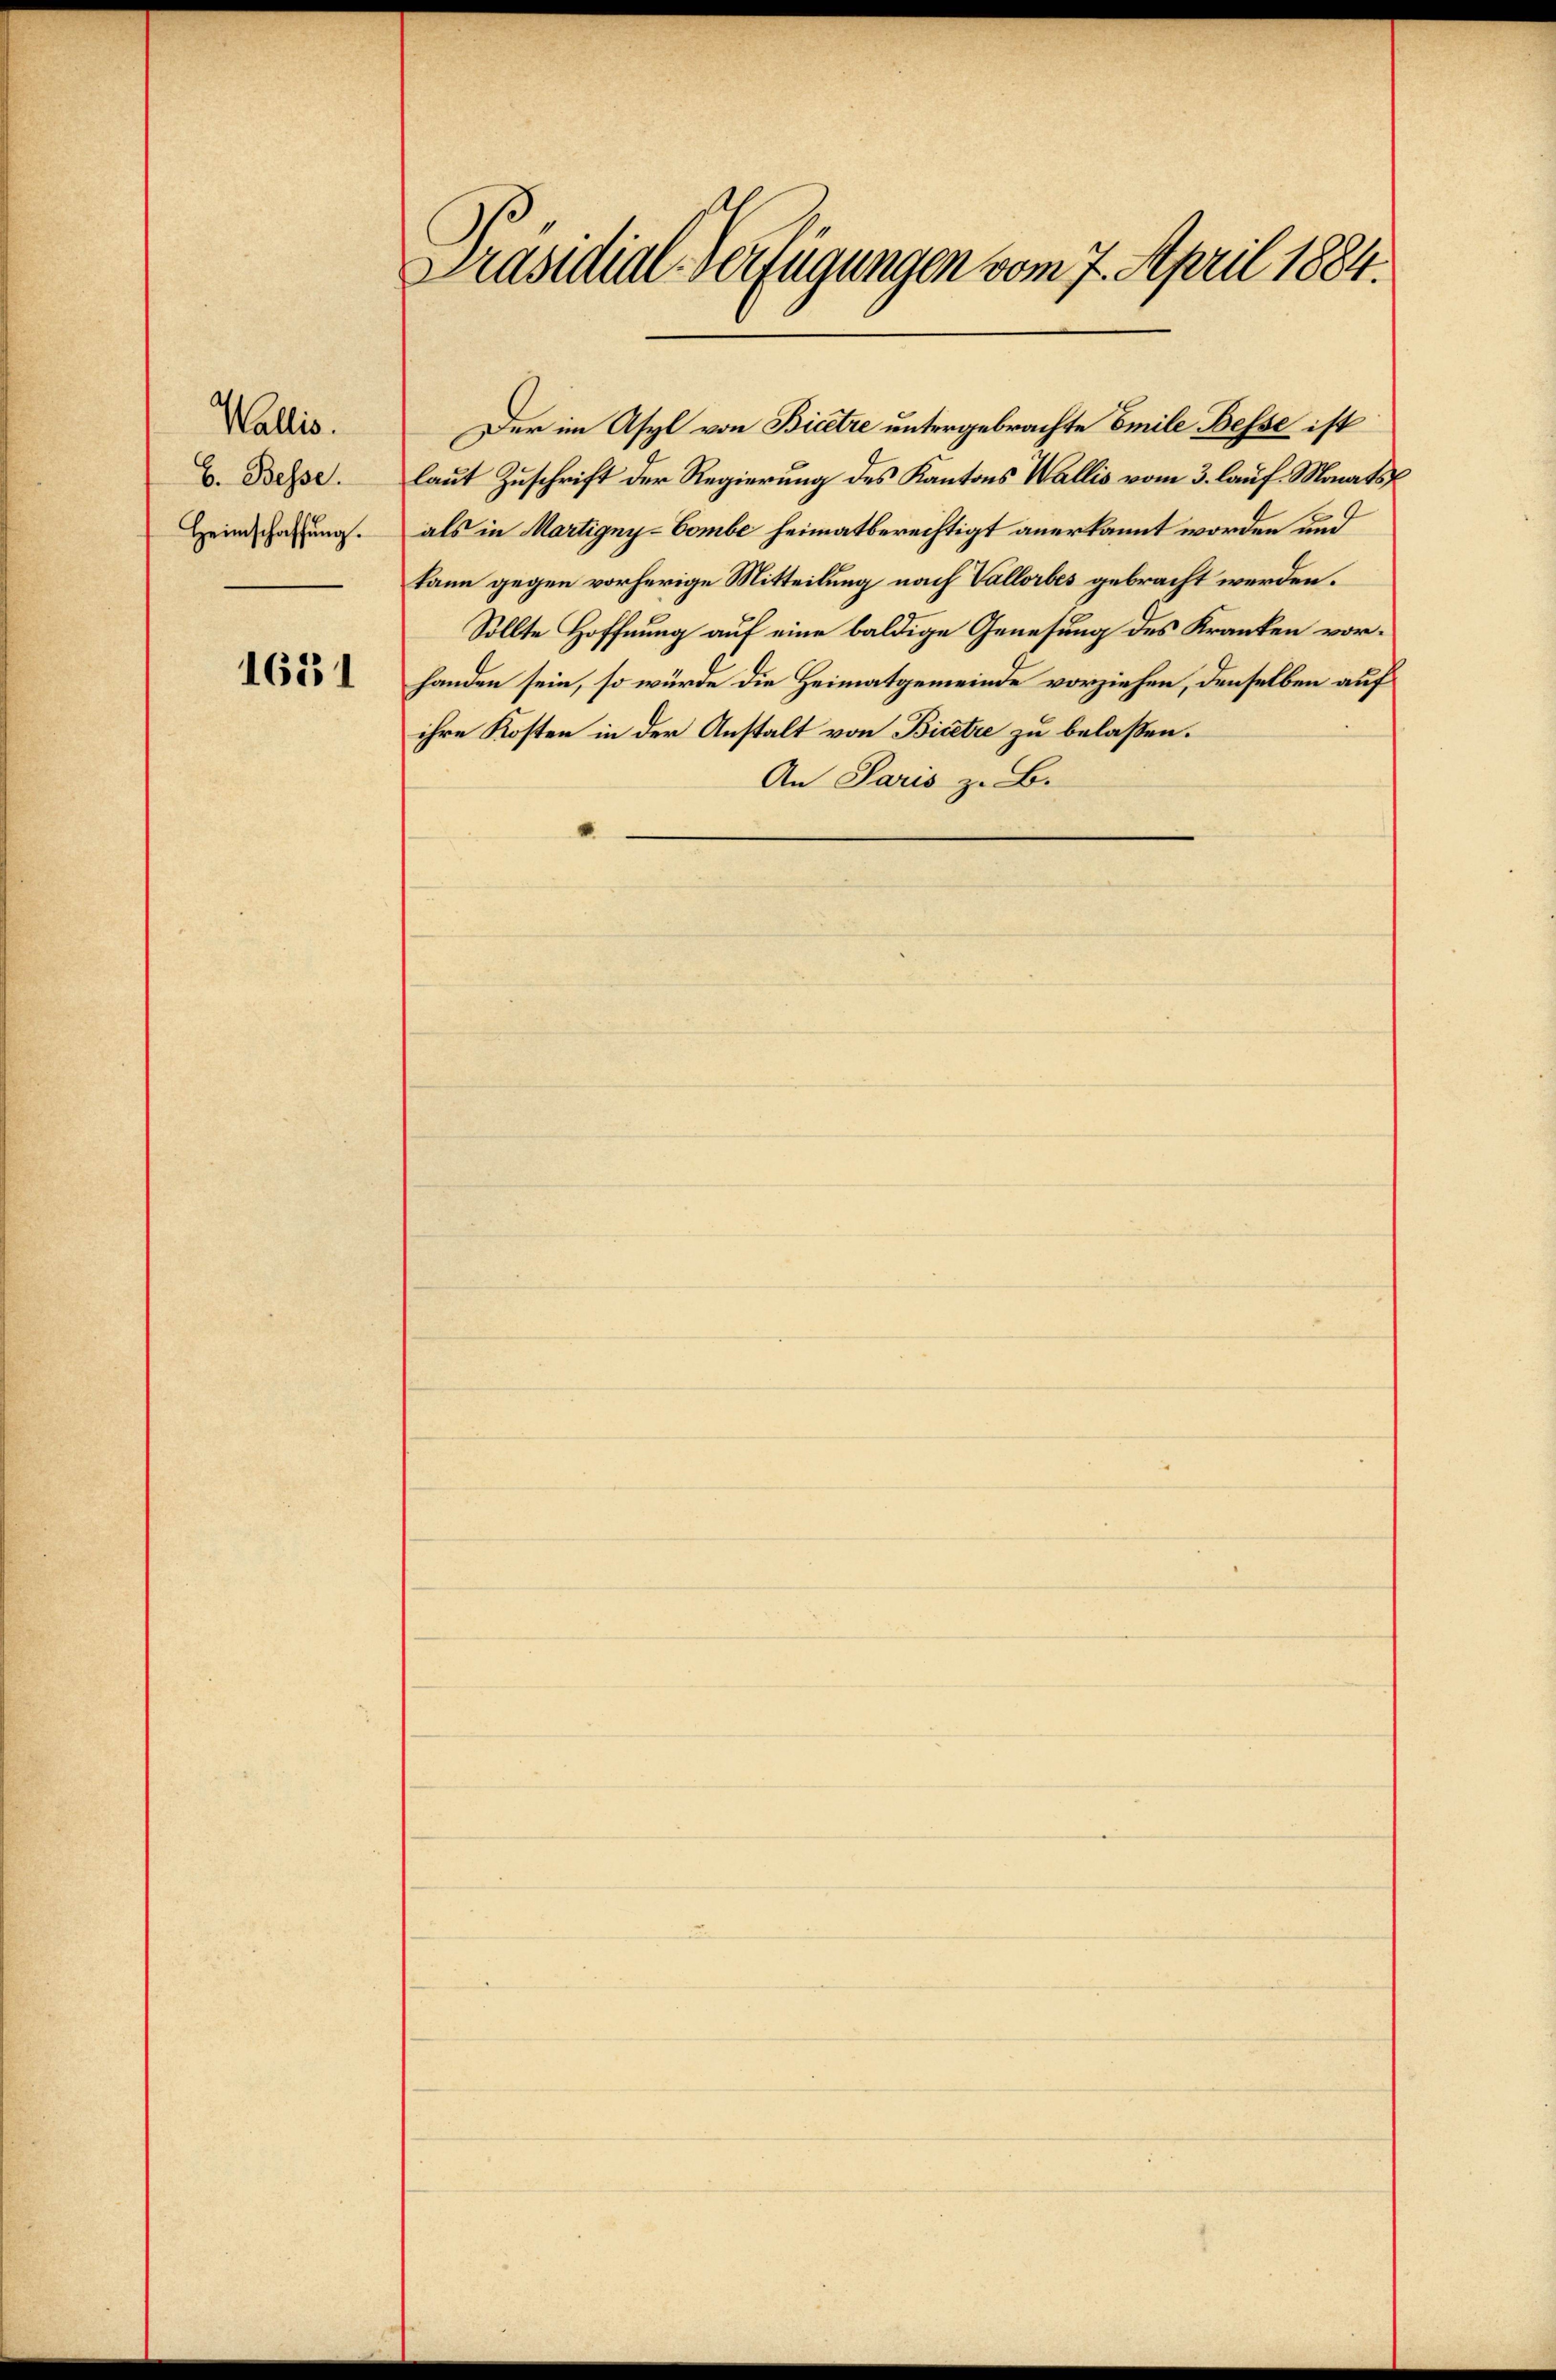
Wallis.
b. Besse.
Heimschaffung.

1631

Präsidial-Verfügungen vom 7. April 1884.

Der im Asyl von Bicere untergebrachte Emile Besse ist
laut Zuschrift der Regierung des Kantons Wallis vom 3. lauf. Monats
als in Martigny-Gombe heimatberechtigt anerkannt worden und
kann gegen vorherige Mitteilung nach Vallorbes gebracht werden.
Sollte Hoffnung auf eine baldige Genesung des Kranken vorhanden sein, so würde die Heimatgemeinde vorziehen, denselben auf
ihre Kosten in der Anstalt von Bisetze zu belaßen.
An Paris z. B.